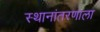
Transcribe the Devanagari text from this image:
स्थानांतरणाला